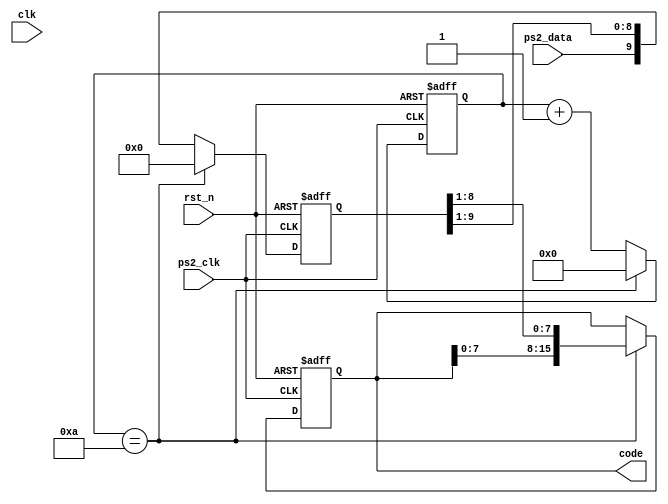
module ps2 (
    input           clk,
    input           rst_n,
    input           ps2_clk,
    input           ps2_data,
    output reg [15:0]  code 
);

reg [9:0] sh_reg; // shifter 
reg [3:0] cnt_reg; // counter
reg [7:0] tmp; // for testing

// this could lead to the Clock Domain Crossing(CDC) if cpu clk is faster
// but because cpu clk is 1HZ it is unlikely to happen

// TO FIX THIS code reg must be updated on posedge "clk" and not "ps2_clk" negedge 
// or it could stay this way and implement good synchronization in "scan_codes" module
always @(negedge ps2_clk, negedge rst_n) begin
    if(!rst_n)begin
        code <= 0;
        sh_reg <= 0;
        cnt_reg <= 0;
        tmp <= 0;
    end
    else
    begin
        if(cnt_reg == 4'b1010) begin
            cnt_reg <= 0;
            code <= {code[7:0], sh_reg[8:1]};
            sh_reg <= 0;
        end
        else begin
            cnt_reg <= cnt_reg + 1;
            sh_reg <= {ps2_data, sh_reg[9:1]};
        end
    end
end


endmodule